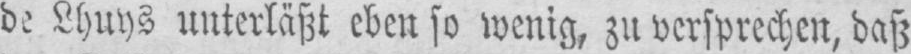
de Lhuys unterläßt eben so wenig, zu versprechen, daß